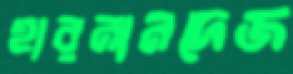
হারনানদেজ